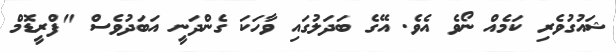
ޝައުގުވެރި ކަމެއް ނޯވެ އެވެ. އޭގެ ބަދަލުގައި ވާހަކަ ގެންދަނީ އަބަދުވެސް "ފްރީޑޮމް